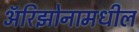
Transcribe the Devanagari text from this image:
ॲरिझोनामधील